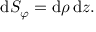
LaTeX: \mathrm { d } S _ { \varphi } = \mathrm { d } \rho \, \mathrm { d } z .